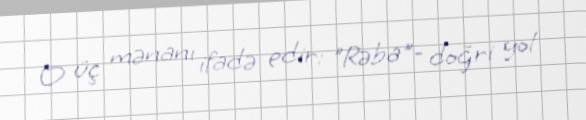
O üç mənanı ifadə edir: "Rəba"- doğri yol